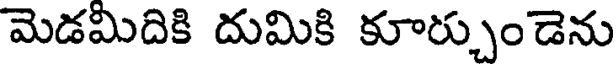
మెడమిదికి దుమికి కూర్చుండెను